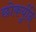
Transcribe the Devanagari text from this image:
छोकर्युनि